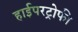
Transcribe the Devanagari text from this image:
हाईपरट्रोफी